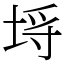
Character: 埓